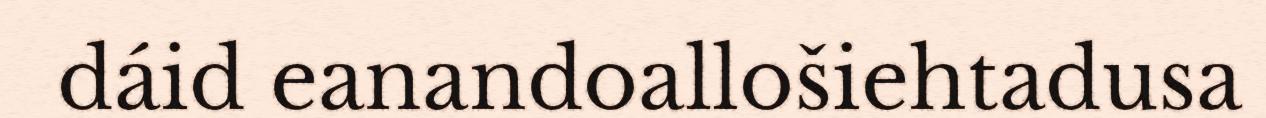
dáid eanandoallošiehtadusa